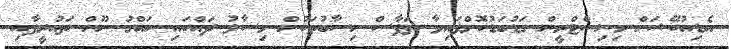
އެޑިއުކޭޝަން މިނިސްްޓްރީން ގަޑުބަޑުކޮށްފައިވާ ތަފާސް ހިސާބުތަކުން މިސާލު ދައްކައި ހައްގު ނޫން ތައުރީފާއި